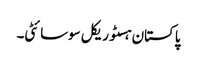
پاکستان ہسٹوریکل سوسائٹی۔